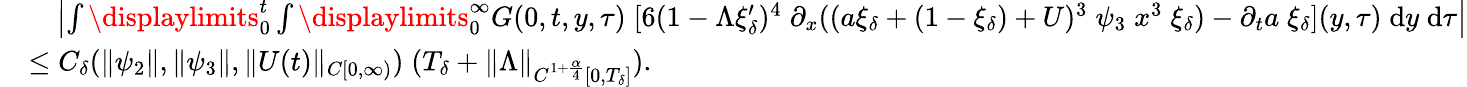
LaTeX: \begin{array}{rl}&{\quad\left|\int\displaylimits_{0}^{t}\int\displaylimits_{0}^{\infty}{G(0,t,y,\tau)\; [6(1-\Lambda\xi_{\delta}^{\prime})^{4}\; \partial_{x}((a\xi_{\delta}+(1-\xi_{\delta})+U)^{3}\; \psi_{3}\; x^{3}\; \xi_{\delta})-\partial_{t}a\; \xi_{\delta}](y,\tau)\; \mathrm{d}y\; \mathrm{d}\tau}\right|}\\ &{\le C_{\delta}(\| \psi_{2}\| ,\| \psi_{3}\| ,\| U(t)\| _{C[0,\infty)})\; (T_{\delta}+\| \Lambda\| _{C^{1+\frac{\alpha}{4}}[0,T_{\delta}]}).}\end{array}